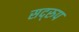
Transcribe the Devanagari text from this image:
सद्‌रुप